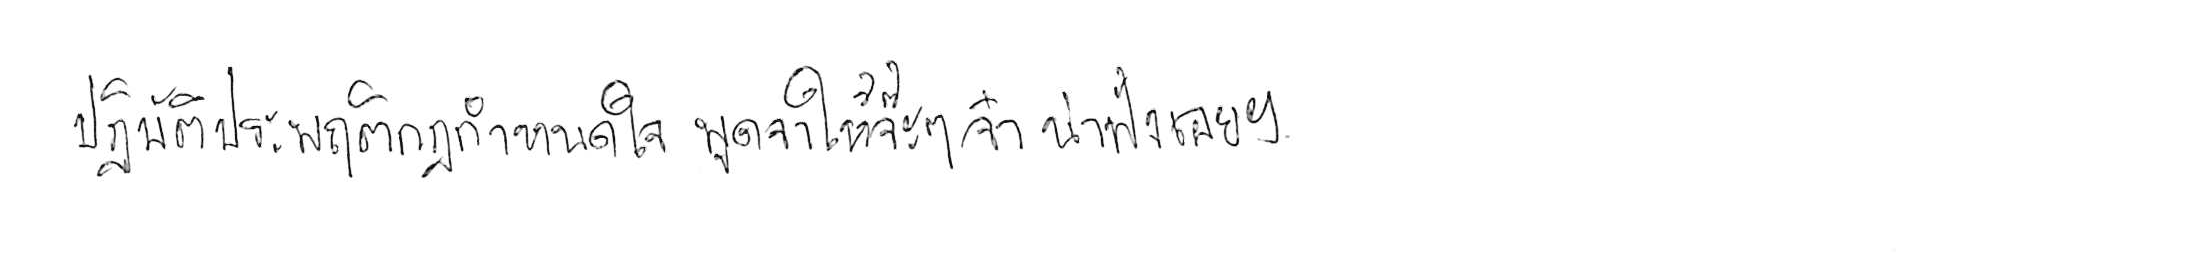
ปฏิบัติประพฤติกฎกำหนดใจ พูดจาให้จ๊ะๆ จ๋า น่าฟังเอยฯ